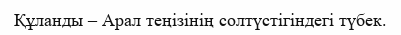
Құланды – Арал теңізінің солтүстігіндегі түбек.